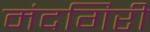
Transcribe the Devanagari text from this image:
मंदगिरी